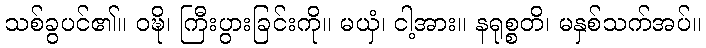
သစ်ခွပင်၏။ ဝဍ္ဎိ၊ ကြီးပွားခြင်းကို။ မယှံ၊ ငါ့အား။ နရုစ္စတိ၊ မနှစ်သက်အပ်။